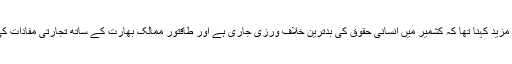
وزیراعظم کا ٹوئٹ میں مزید کہنا تھا کہ کشمیر میں انسانی حقوق کی بدترین خلاف ورزی جاری ہے اور طاقتور ممالک بھارت کے ساتھ تجارتی مفادات کی وجہ سے خاموش ہیں۔